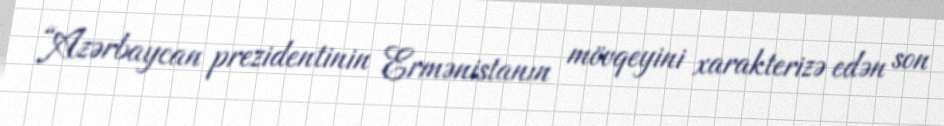
“Azərbaycan prezidentinin Ermənistanın mövqeyini xarakterizə edən son